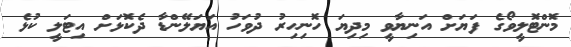
މޮންޓޮލީވޯގެ ފަޔަށް އަނިޔާވީ މިދިޔަ ހޮނިހިރު ދުވަހު އަޔަލޭންޑާ ދެކޮޅަށް އިޓަލީ ކުޅެ